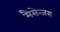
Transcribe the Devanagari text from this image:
मैसेन्जरः